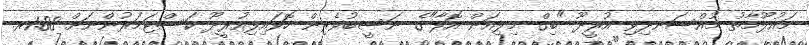
މައުލޫމާތު މުއްސަނދިވި އުރީދޫ "ބިގް މިލިއަން އޮފާ"ގެ ނަސީބުވެރިން ހޮވައިފިއުރީދޫ ކަސްޓަމަރުންނަށް 1.88ރ.